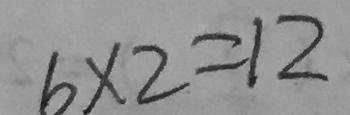
6 \times 2 = 1 2